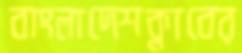
বাংলাদেশক্লাবের